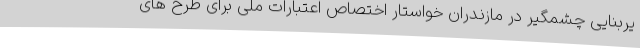
یربنایی چشمگیر در مازندران خواستار اختصاص اعتبارات ملی برای طرح های